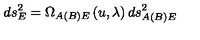
d s _ { E } ^ { 2 } = \Omega _ { A ( B ) E } \left( u , \lambda \right) d s _ { A ( B ) E } ^ { 2 }